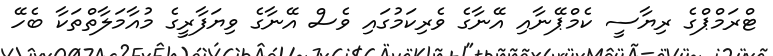
ޓްރަމްޕްގެ ރިޔާސީ ކެމްޕޭނާއި އޭނާގެ ވެރިކަމުގައި ވެސް އޭނާގެ ވިޔަފާރީގެ މުއާމަލާތްތަކާ ބެހޭ